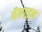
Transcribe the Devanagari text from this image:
मैकगूहन